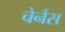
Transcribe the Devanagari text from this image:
चेर्नस